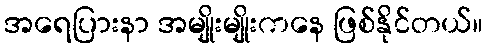
အရေပြားနာ အမျိုးမျိုးကနေ ဖြစ်နိုင်တယ်။